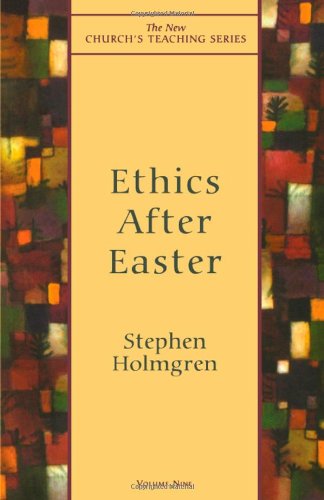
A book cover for Ethics after Easter (New Church's Teaching Series); Stephen Holmgren; Christian Books & Bibles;